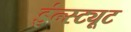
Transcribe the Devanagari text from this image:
इंन्स्ट्यूट